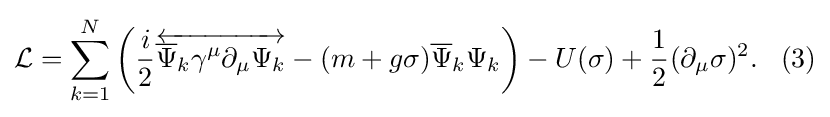
{\mathcal {L}}=\sum _{k=1}^{N}\left({\frac {i}{2}}{\overleftrightarrow {{\overline {\Psi }}_{k}\gamma ^{\mu }\partial _{\mu }\Psi _{k}}}-(m+g\sigma ){\overline {\Psi }}_{k}\Psi _{k}\right)-U(\sigma )+{\frac {1}{2}}(\partial _{\mu }\sigma )^{2}.\,\,\,\,\,(3)